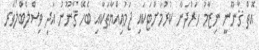
އޮތް ޤާނޫނީ ނިޒާމު ހަރުދަނާ ކުރުމަށްޓަކައި ޖަމުޢިއްޔާތަކާއި ބެހޭ ޤާނޫނު އަދި ވިސްލްބްލޯވަރ